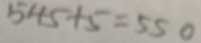
5 4 5 + 5 = 5 5 0